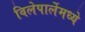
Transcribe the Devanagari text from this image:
विलेपार्लेमध्ये